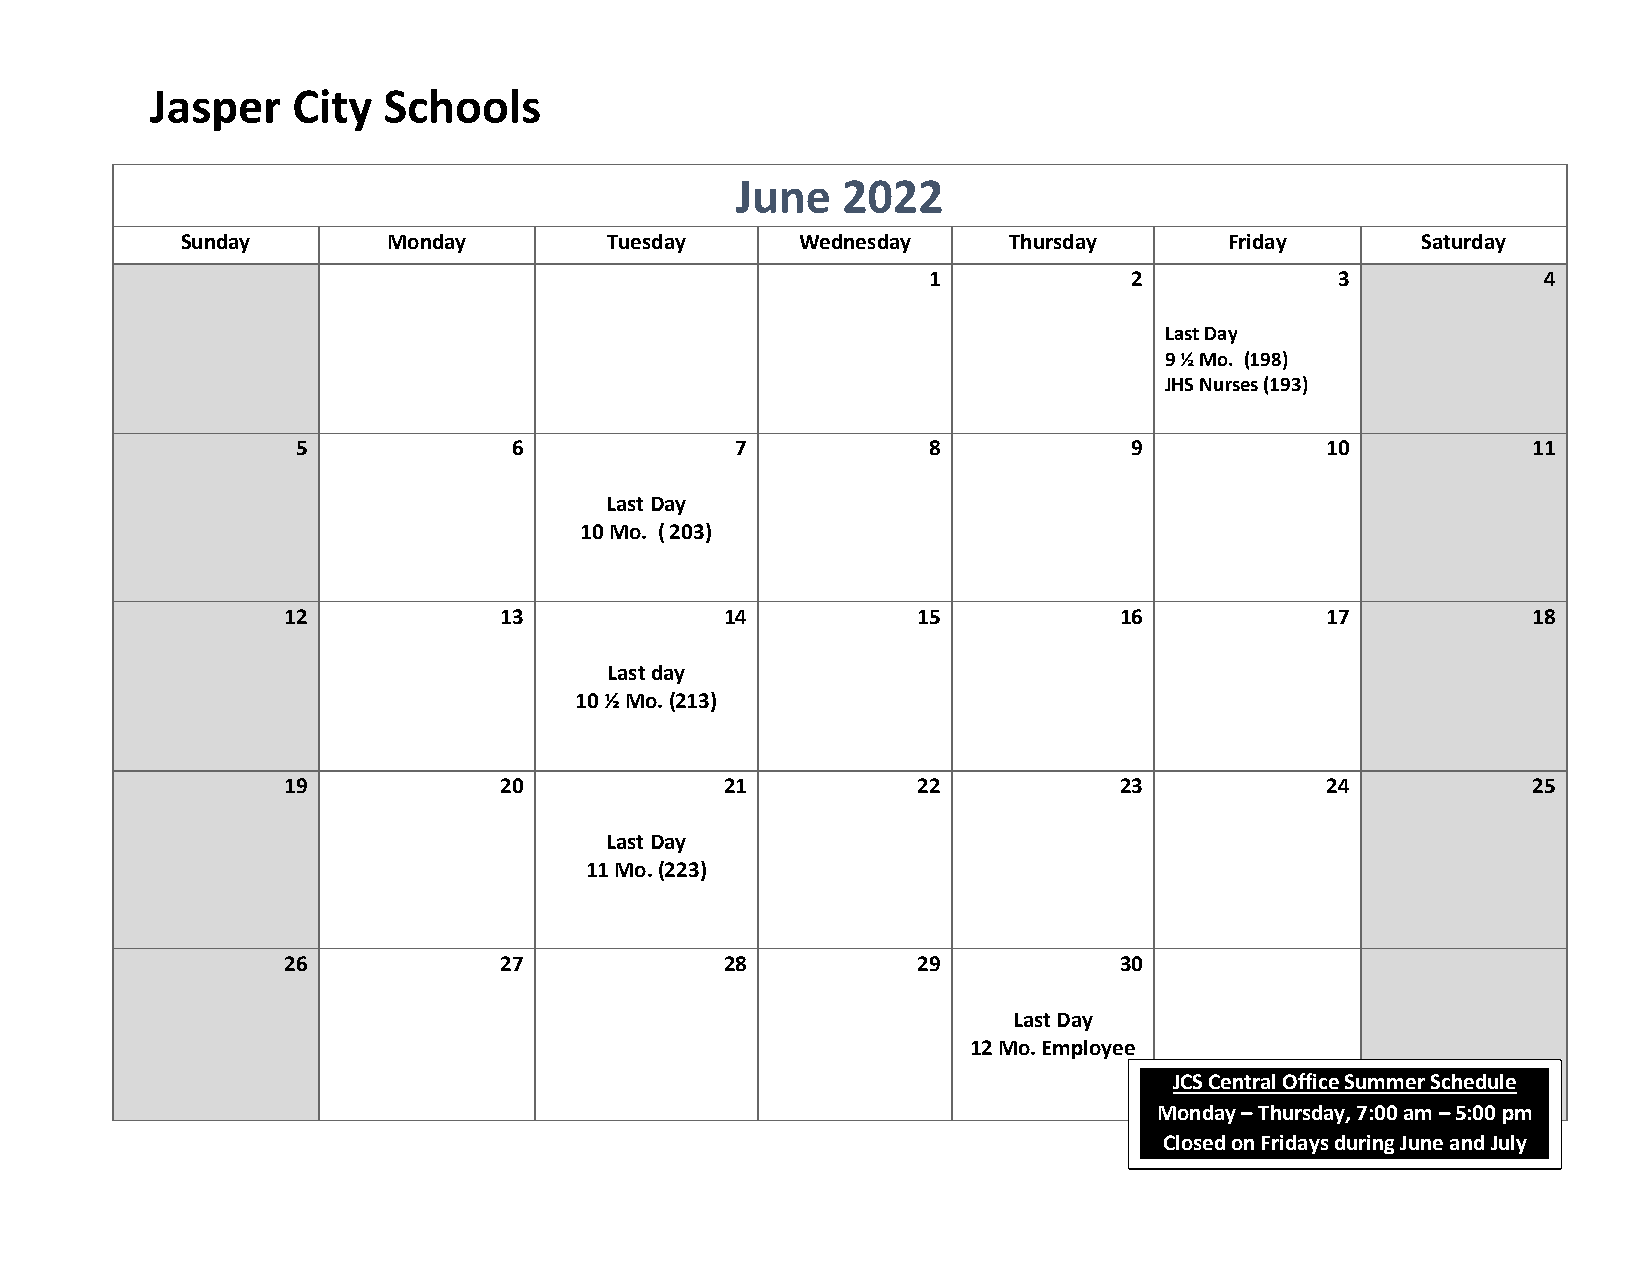
Jasper   City  Schools
 June   2022
 Sunday        Monday        Tuesday      Wednesday     Thursday      Friday       Saturday
 1             2            3             4
 Last Day
 9 ½ Mo. (198)
 JHS Nurses (193)
 5             6              7           8             9            10           11
 Last Day
 10 Mo. ( 203)
 12            13             14           15           16            17           18
 Last day
 10 ½ Mo. (213)
 19            20             21           22           23            24           25
 Last Day
 11 Mo. (223)
 26            27             28           29           30
 Last Day
 12 Mo. Employee
 JCS Central Office Summer Schedule
 Monday – Thursday, 7:00 am – 5:00 pm
 Closed on Fridays during June and July